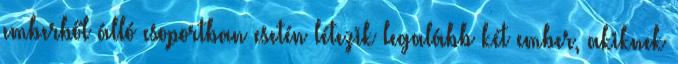
emberből álló csoportban esetén létezik legalább két ember, akiknek